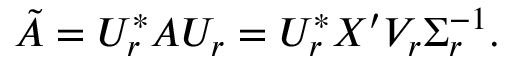
\begin{array} { r } { \tilde { A } = U _ { r } ^ { * } A U _ { r } = U _ { r } ^ { * } X ^ { \prime } V _ { r } \Sigma _ { r } ^ { - 1 } . } \end{array}